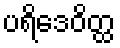
ပရိဒေဝိတ္ထ